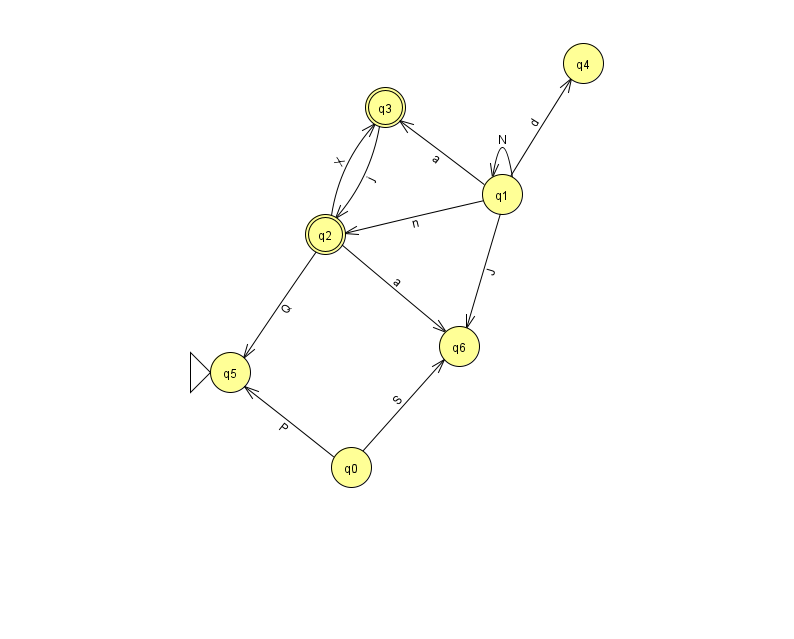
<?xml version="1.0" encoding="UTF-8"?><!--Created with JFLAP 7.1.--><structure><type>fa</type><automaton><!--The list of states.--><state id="0" name="q0"><x>351.0</x><y>454.0</y></state><state id="1" name="q1"><x>502.0</x><y>181.0</y></state><state id="2" name="q2"><x>325.0</x><y>221.0</y><final/></state><state id="3" name="q3"><x>385.0</x><y>94.0</y><final/></state><state id="4" name="q4"><x>583.0</x><y>50.0</y></state><state id="5" name="q5"><x>230.0</x><y>359.0</y><initial/></state><state id="6" name="q6"><x>459.0</x><y>333.0</y></state><!--The list of transitions.--><transition><from>1</from><to>2</to><read>n</read></transition><transition><from>0</from><to>5</to><read>P</read></transition><transition><from>0</from><to>6</to><read>S</read></transition><transition><from>2</from><to>5</to><read>Q</read></transition><transition><from>1</from><to>6</to><read>J</read></transition><transition><from>2</from><to>6</to><read>a</read></transition><transition><from>1</from><to>3</to><read>a</read></transition><transition><from>3</from><to>2</to><read>j</read></transition><transition><from>1</from><to>1</to><read>N</read></transition><transition><from>1</from><to>4</to><read>d</read></transition><transition><from>2</from><to>3</to><read>X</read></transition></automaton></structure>